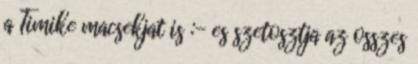
a Timike macsekjat is :- es szetosztja az osszes